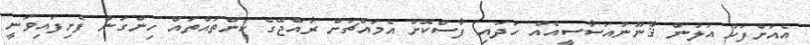
އެއަށްފަހު އަލުން ޤާނޫނުއަސާސީއެއް ހަދައި ފާސްކޮށް އެމައްޗަށް ރާއްޖޭގެ ކަންތައްތައް ހިންގަން ފެށިފައިވަނީ